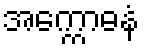
အက္ကောဓနံ